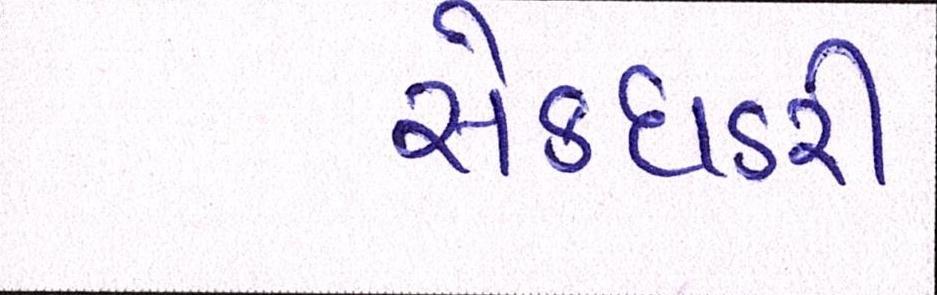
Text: સેક્ધડરી